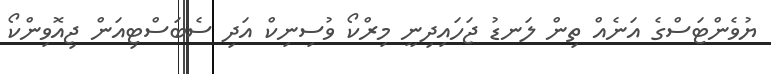
ޔުވެންޓަސްގެ އަނެއް ތިން ލަނޑު ޖަހައިދިނީ މިރްކޯ ވުސިނިކް އަދި ސެބަސްޓިއަން ޖިއޮވިންކޯ